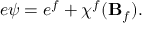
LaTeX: e \psi = e ^ { f } + \chi ^ { f } ( { \bf B } _ { f } ) .